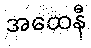
အထေနီ